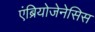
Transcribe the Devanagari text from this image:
एंब्रियोजेनेसिस